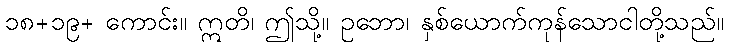
၁၈+၁၉+ ကောင်း။ ဣတိ၊ ဤသို့။ ဥဘော၊ နှစ်ယောက်ကုန်သောငါတို့သည်။